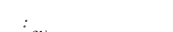
: